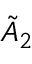
{ \tilde { A } } _ { 2 }